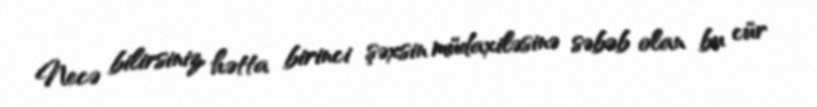
Necə bilirsiniz, hətta birinci şəxsin müdaxiləsinə səbəb olan bu cür